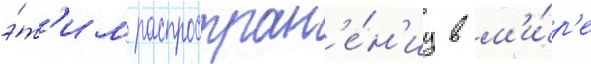
э́т'им распростран'е́н'иу в м'и́р'е